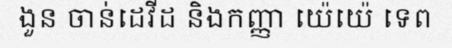
ងួន ចាន់ដេវីដ និងកញ្ញា យ៉េយ៉េ ទេព